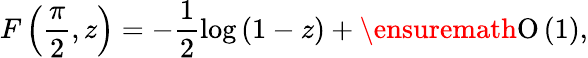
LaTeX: F\left(\frac{\pi}{2},z\right)=-\frac{1}{2}\log{(1-z)}+\ensuremath{\operatorname{O}\left(1\right)},